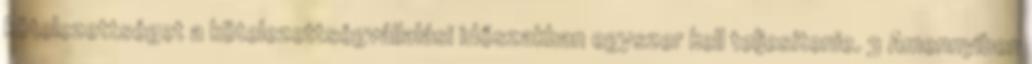
kötelezettséget a kötelezettségvállalási időszakban egyszer kell teljesítenie. 3 Amennyiben